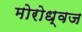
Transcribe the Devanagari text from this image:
मोरोध्‍वज